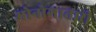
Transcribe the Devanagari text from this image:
मोनोगातारी